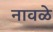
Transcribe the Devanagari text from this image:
नावळे